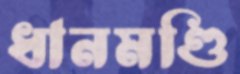
ধানমণ্ডি